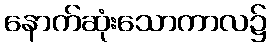
နောက်ဆုံးသောကာလ၌